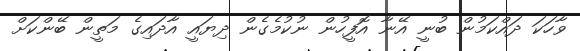
ވާހަކަ ދައްކަމުން ބުނީ އޭނާ އޮފީހުން ނުކުމެގެން ދިޔައީ އާދައިގެ މަތީން ބޭންކަށް